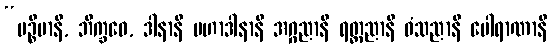
“ပဉ္စိမာနိ, ဘိက္ခဝေ, ဒါနာနိ မဟာဒါနာနိ အဂ္ဂညာနိ ရတ္တညာနိ ဝံသညာနိ ပေါရာဏာနိ